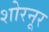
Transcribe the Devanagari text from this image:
शोरनूर